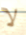
لا